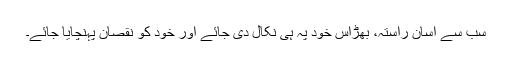
سب سے آسان راستہ، بھڑاس خود پہ ہی نکال دی جائے اور خود کو نقصان پہنچایا جائے۔